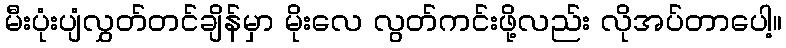
မီးပုံးပျံလွှတ်တင်ချိန်မှာ မိုးလေ လွတ်ကင်းဖို့လည်း လိုအပ်တာပေါ့။